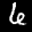
Label: 6